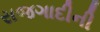
રાજગાદીની